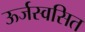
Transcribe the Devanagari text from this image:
ऊर्जस्वसित